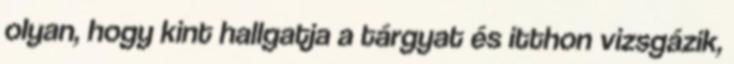
olyan, hogy kint hallgatja a tárgyat és itthon vizsgázik,